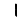
Digit: 1